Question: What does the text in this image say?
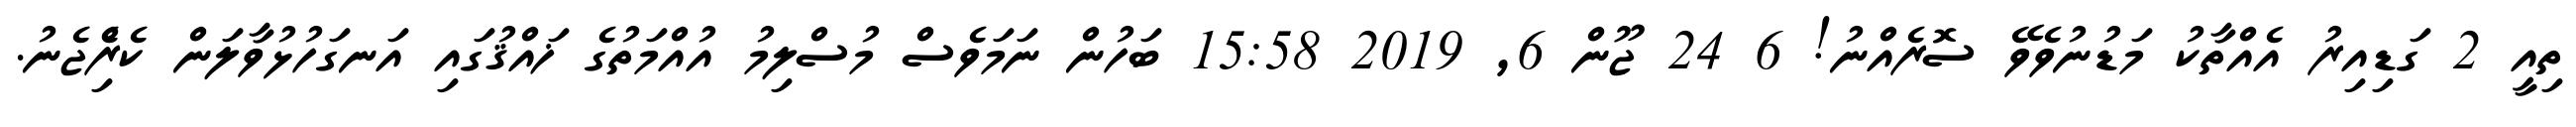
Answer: ތިއީ 2 ގަޑިއިރު އެއްތާކު މަޑުނުވެވޭ ސޮރެއްނު! 6 24 ޖޫން 6, 2019 15:58 ބަހުން ނަމަވެސް މުސްލިމު އުއްމަތުގެ ޚައްޤުގައި އަނގަހުޅުވާލަން ކެރިެްޖެނު.